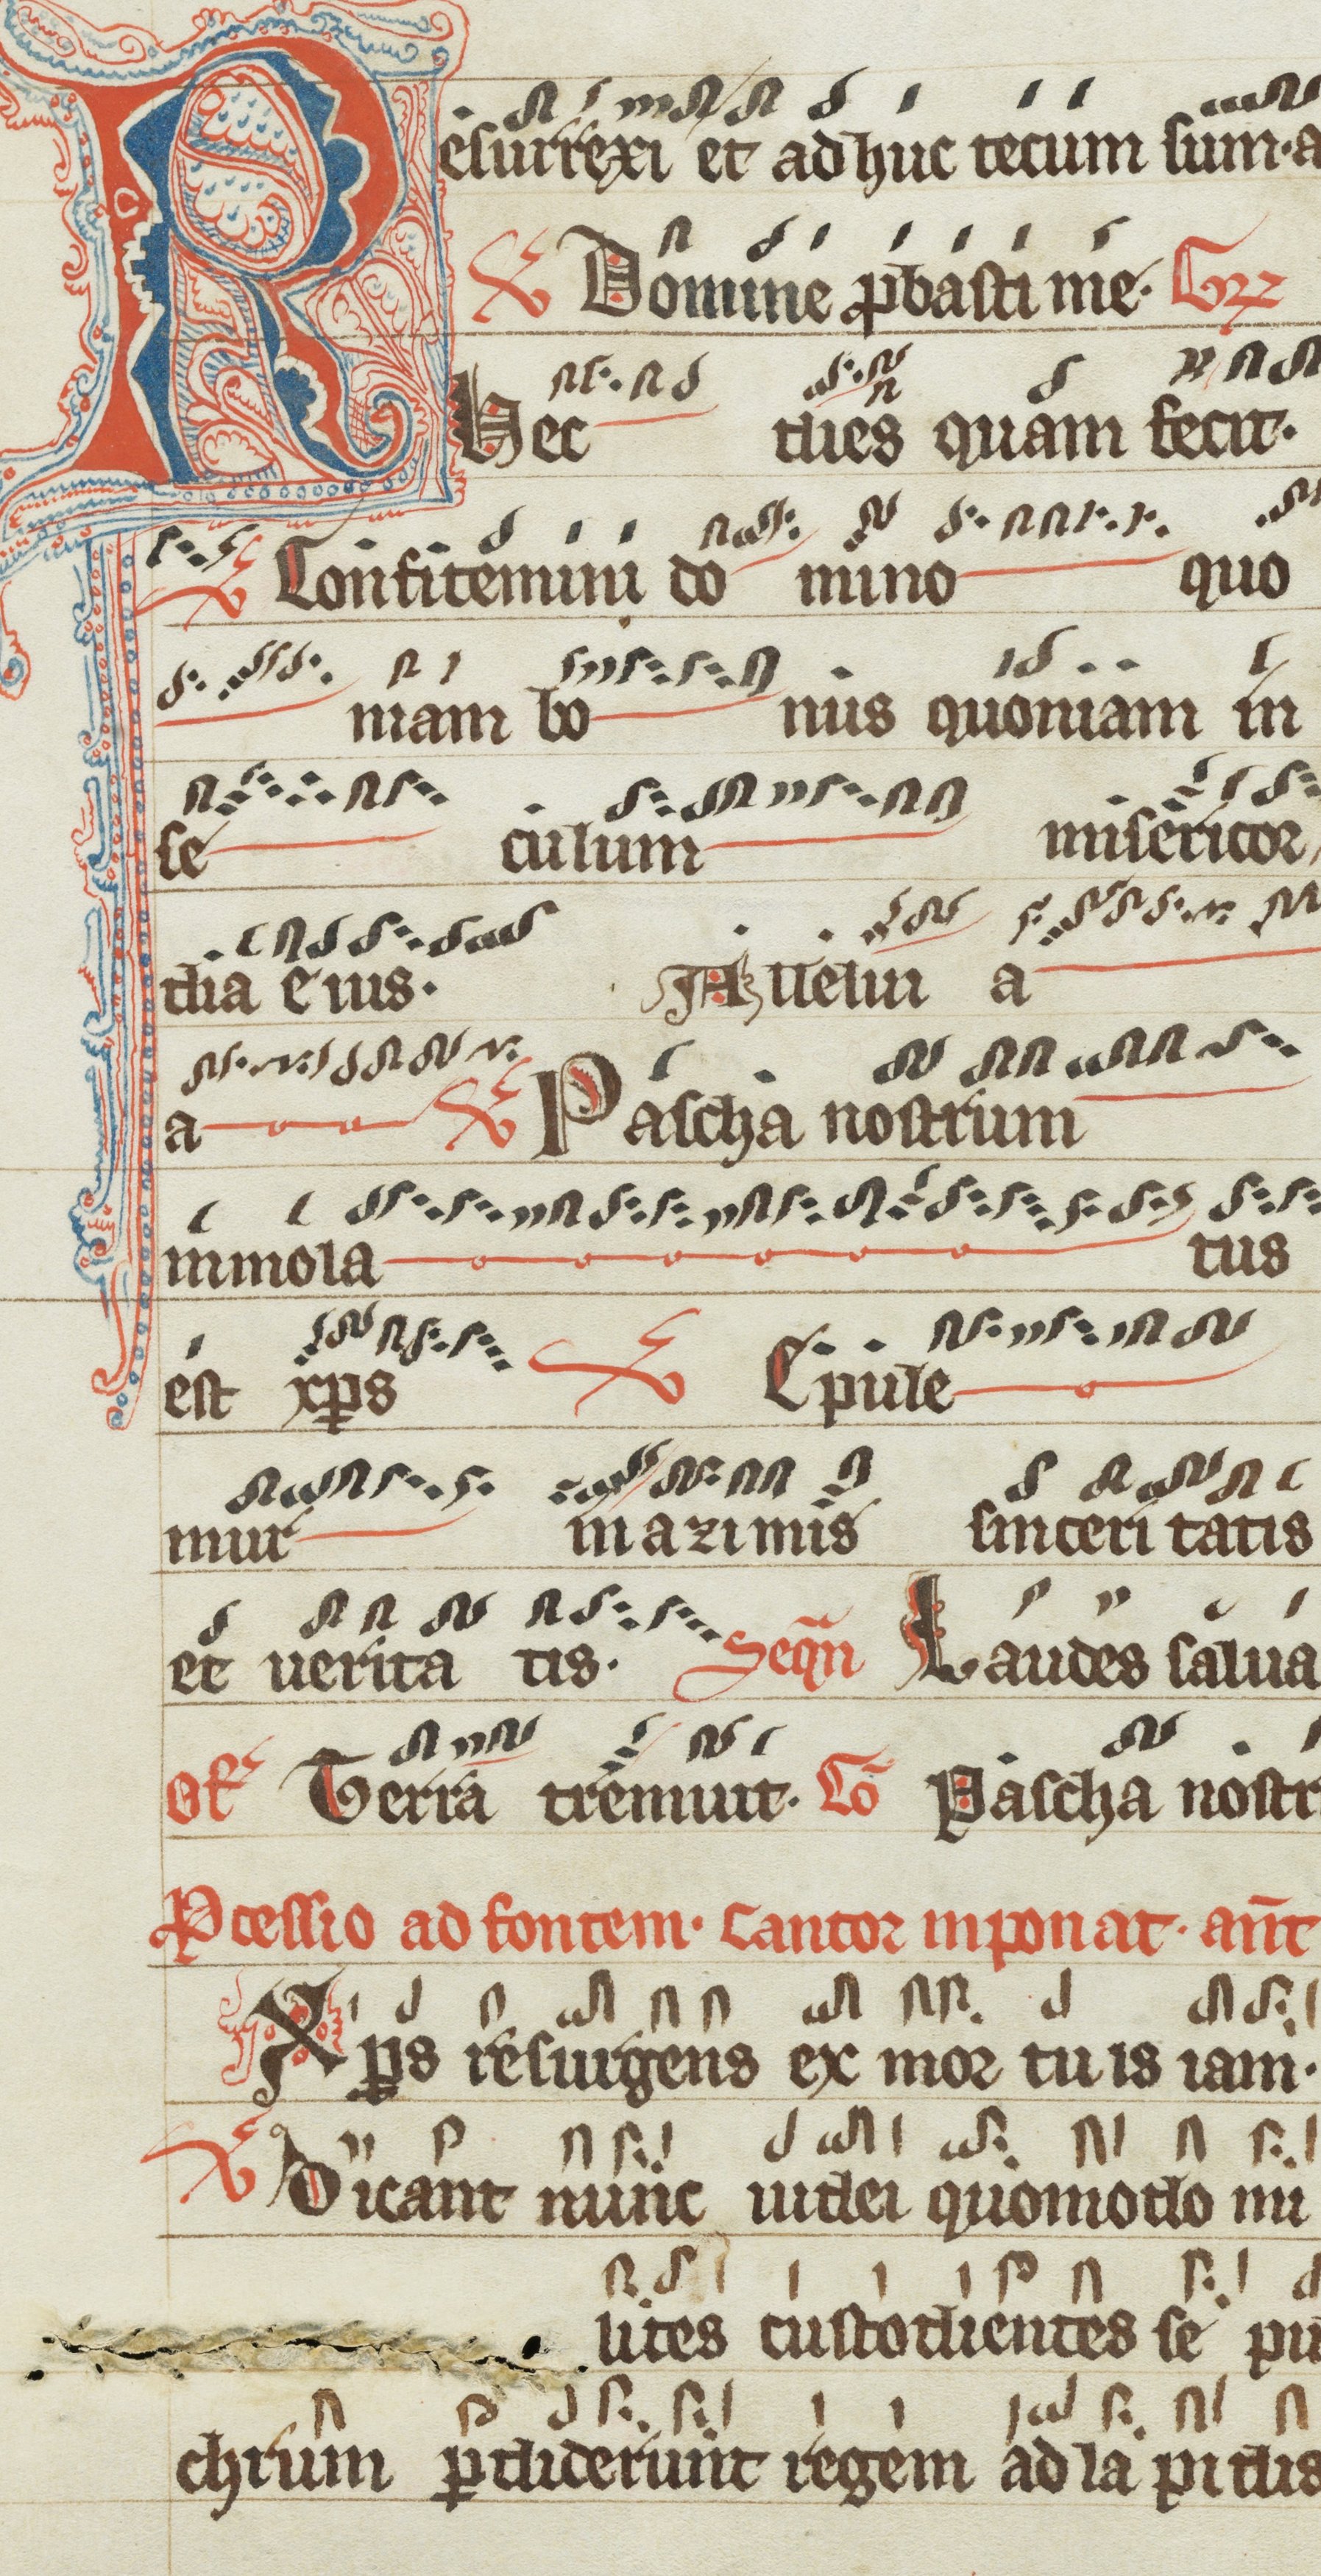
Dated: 1200–1299